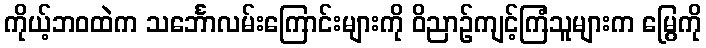
ကိုယ့်ဘဝထဲက သင်္ဘောလမ်းကြောင်းများကို ဝိညာဉ်ကျင့်ကြံသူများက မြွေကို